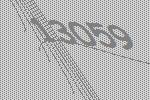
13059